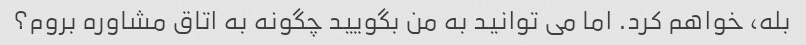
بله، خواهم کرد. اما می توانید به من بگویید چگونه به اتاق مشاوره بروم؟